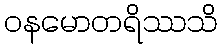
ဝနမောတရိဿသိ